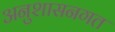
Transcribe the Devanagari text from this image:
अनुशासनगत